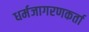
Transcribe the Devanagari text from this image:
धर्मजागरणकर्ता